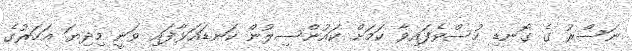
ނަސްރު ގެ ގޮނޑި ހުސްވެފައިވާ ކަމަށް ކައުންސިލުން ކަނޑައަޅާފައި ވަނީ މިދިޔަ އަހަރުގެ